Snake-venoms in relation to hæmolysis - Number 17
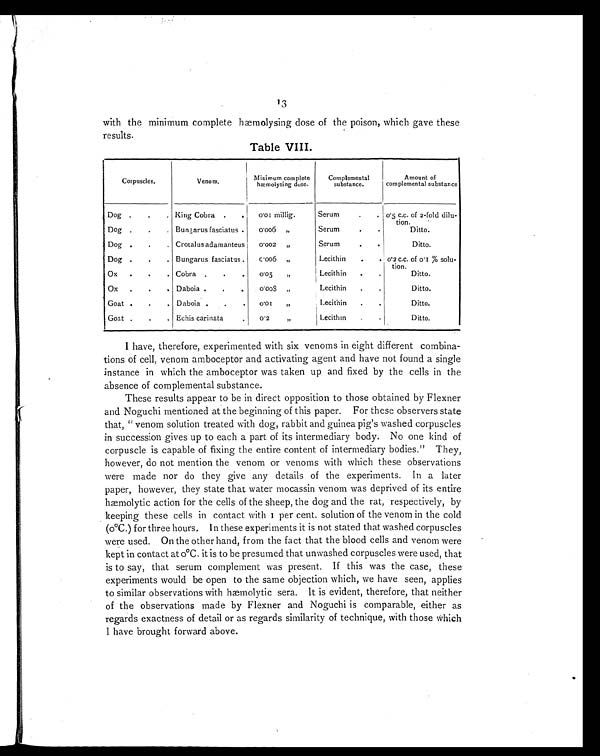
with the minimum complete hmolysing dose of the poison, which gave these
results.
Table VIII.
Corpuscles.
Venom.
Minimum complete
hæmolysing dose.
Complemental
substance.
Amount of
complemental substance.
Dog
King Cobra
0.01 millig.
Serum
0.5 c.c. of 2-fold dilu-
tion.
Dog
Bungarus fasciatus
0.006 „
Serum
Ditto.
Dog
Crotalus adamanteus
0.002 „
Serum
Ditto.
Dog
Bungarus fasciatus
0.006 „
Lecithin
0.2 c.c. of 0.1 % solu-
tion.
Ox
Cobra
0.05 „
Lecithin
Ditto.
Ox
Daboia
0.008 „
Lecithin
Ditto.
Goat
Daboia
0.01 „
Lecithin
Ditto.
Goat
Echis carinata
0.2
,,
Lecithin
Ditto.
I have, therefore, experimented with six venoms in eight different combina--
tions of cell, venom amboceptor and activating agent and have not found a single
instance in which the amboceptor was taken up and fixed by the cells in the
absence of complemental substance.
These results appear to be in direct opposition to those obtained by Flexner
and Noguchi mentioned at the beginning of this paper. For these observers state
that, " venom solution treated with dog, rabbit and guinea pig's washed corpuscles
in succession gives up to each a part of its intermediary body. No one kind of
corpuscle is capable of fixing the entire content of intermediary bodies." They,
however, do not mention the venom or venoms with which these observations
were made nor do they give any details of the experiments. In a later
paper, however, they state that water mocassin venom was deprived of its entire
hæmolytic action for the cells of the sheep, the dog and the rat, respectively, by
keeping these cells in contact with 1 per cent. solution of the venom in the cold
(0°C.) for three hours. In these experiments it is not stated that washed corpuscles
were used. On the other hand, from the fact that the blood cells and venom were
kept in contact at 0°C. it is to be presumed that unwashed corpuscles were used, that
is to say, that serum complement was present. If this was the case, these
experiments would be open to the same objection which, we have seen, applies
to similar observations with hæmolytic sera. It is evident, therefore, that neither
of the observations made by Flexner and Noguchi is comparable, either as
regards exactness of detail or as regards similarity of technique, with those which
I have brought forward above.